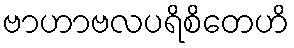
ဗာဟာဗလပရိစိတေဟိ